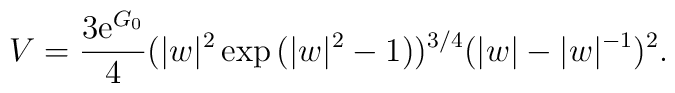
V = \frac{3 \mathrm{e}^{G_{0}}}{4}(|w|^{2} \exp{(|w|^{2}-1)})^{3/4}(|w| -    |w|^{-1})^{2}.